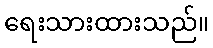
ရေးသားထားသည်။